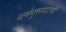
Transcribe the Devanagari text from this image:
धर्मगुरूपदाची